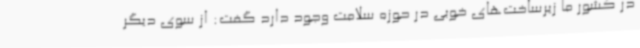
در کشور ما زیرساخت‌های خوبی در حوزه سلامت وجود دارد گفت: از سوی دیگر